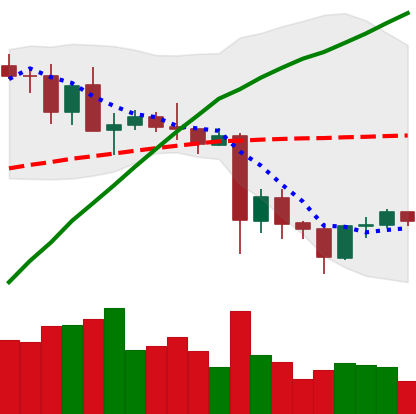
Ticker: TRX-USD
Chart end date: 2021-05-27
Forward return: -3.809%
Label: down_3_5